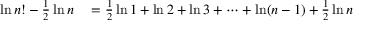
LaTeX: \begin{array} { r l } { \ln n ! - { \frac { 1 } { 2 } } \ln n } & { { } = { \frac { 1 } { 2 } } \ln 1 + \ln 2 + \ln 3 + \cdots + \ln ( n - 1 ) + { \frac { 1 } { 2 } } \ln n } \end{array}